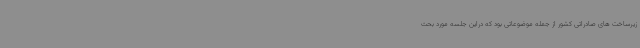
زیرساخت های صادراتی کشور از جمله موضوعاتی بود که دراین جلسه مورد بحث